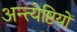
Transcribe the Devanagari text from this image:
अन्त्येष्टियों